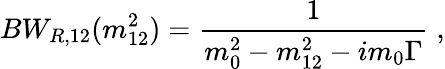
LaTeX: BW_{R,12}(m_{12}^{2})=\frac{1}{m_{0}^{2}-m_{12}^{2}-im_{0}\Gamma}\; ,